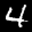
Label: 4